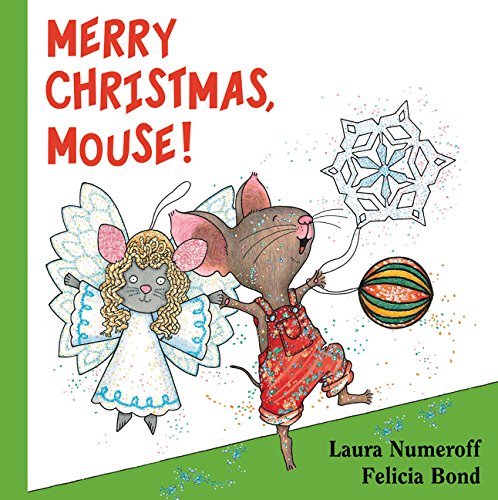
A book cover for Merry Christmas, Mouse! (If You Give...); Laura Numeroff; Children's Books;